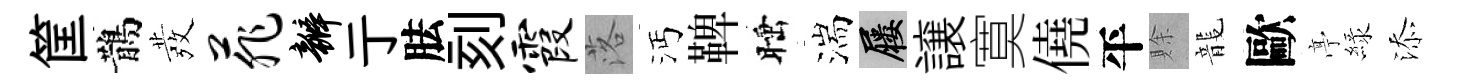
筐鵲發菲瓣亍胠刻霞落沔鞞睡湍屨譲寞僥平賖龍歐𠅘緑添